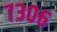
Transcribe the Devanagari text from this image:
७३०६